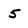
Character: 5